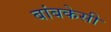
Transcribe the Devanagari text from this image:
बांबकेसी